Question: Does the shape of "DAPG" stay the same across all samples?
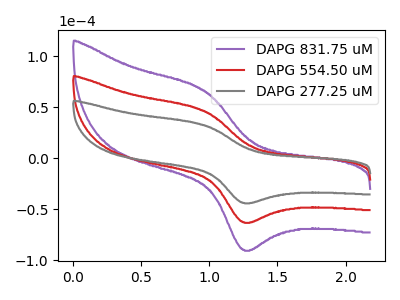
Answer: <think>The purple curve "DAPG 831.75 uM" has an anodic peak at (0.95V, 92.90uA) and a cathodic peak at (1.25V, -125.75uA). The red curve "DAPG 554.50 uM" has an anodic peak at (0.95V, 46.45uA) and a cathodic peak at (1.25V, -62.90uA). The gray curve "DAPG 277.25 uM" has an anodic peak at (0.95V, 32.45uA) and a cathodic peak at (1.25V, -43.95uA).
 All the peaks in "DAPG 831.75 uM" have a peak in "DAPG 554.50 uM" at the same potential. Every peak in "DAPG 831.75 uM" is higher than every peak in "DAPG 554.50 uM". All the peaks in "DAPG 831.75 uM" have a peak in "DAPG 277.25 uM" at the same potential. Every peak in "DAPG 831.75 uM" is higher than every peak in "DAPG 277.25 uM". All the peaks in "DAPG 554.50 uM" have a peak in "DAPG 277.25 uM" at the same potential. Every peak in "DAPG 554.50 uM" is higher than every peak in "DAPG 277.25 uM".</think>
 <answer>All the CV's of "DAPG" have similar shape.</answer>
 <eval>follow_rule</eval>